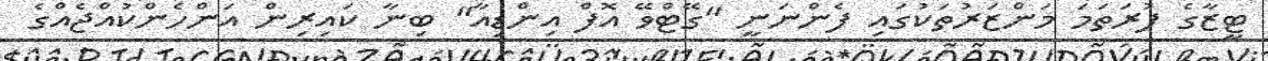
ޓީޒާގެ ފުރަތަމަ މަންޒަރުތަކުގައި ފެންނަނީ "ގޭޓްވޭ އޮފް އިންޑިއާ" ބިނާ ކައިރިން އަންހެންކުއްޖެއްގެ